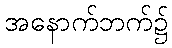
အနောက်ဘက်၌